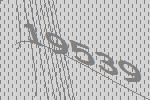
19539